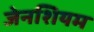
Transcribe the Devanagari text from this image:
जेनशियम